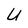
Character: U